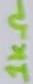
Text: 1KΩ